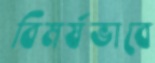
বিমর্ষভাবে